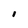
Character: 1